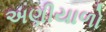
અણીયાળો